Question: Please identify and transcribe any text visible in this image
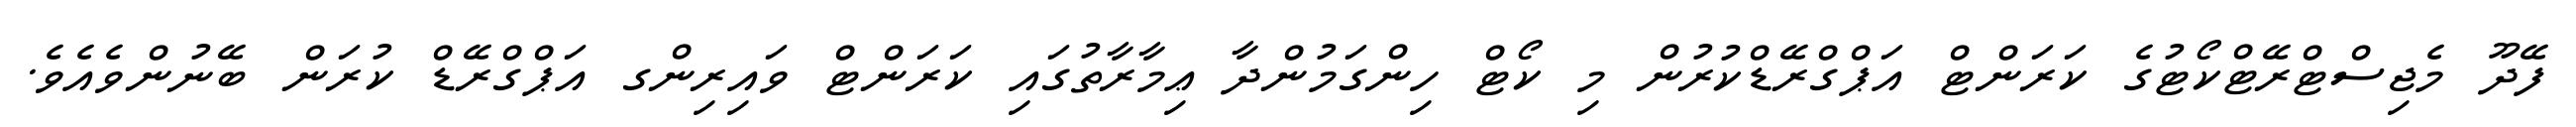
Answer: ފޭދޫ މެޖިސްޓްރޭޓްކޯޓުގެ ކަރަންޓް އަޕްގްރޭޑްކުރުން މި ކޯޓް ހިންގަމުންދާ ޢިމާރާތުގައި ކަރަންޓް ވައިރިންގ އަޕްގްރޭޑް ކުރަން ބޭނުންވެއެވެ.